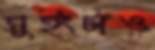
সুইংটাও